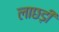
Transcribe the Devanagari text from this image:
लाछड़ी